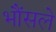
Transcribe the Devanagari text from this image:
भौंसले